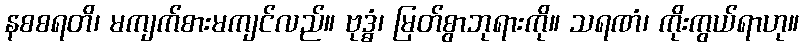
နစစရတိ၊ မကျက်စားမကျင်လည်။ ဗုဒ္ဓံ၊ မြတ်စွာဘုရားကို။ သရဏံ၊ ကိုးကွယ်ရာဟု။